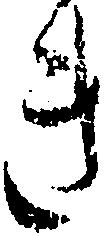
き